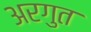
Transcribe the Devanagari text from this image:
अरगुत